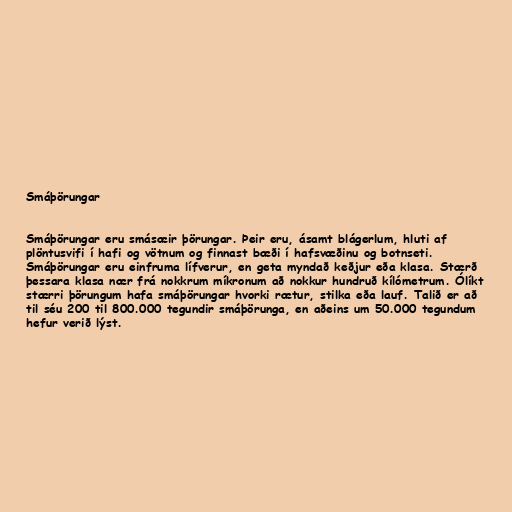
Smáþörungar

Smáþörungar eru smásæir þörungar. Þeir eru, ásamt blágerlum, hluti af
plöntusvifi í hafi og vötnum og finnast bæði í hafsvæðinu og botnseti.
Smáþörungar eru einfruma lífverur, en geta myndað keðjur eða klasa. Stærð
þessara klasa nær frá nokkrum míkronum að nokkur hundruð kílómetrum. Ólíkt
stærri þörungum hafa smáþörungar hvorki rætur, stilka eða lauf. Talið er að
til séu 200 til 800.000 tegundir smáþörunga, en aðeins um 50.000 tegundum
hefur verið lýst.